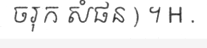
ចរុក សំផន ) ។ H .